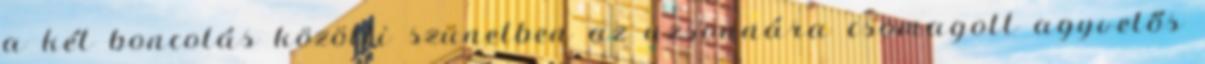
a két boncolás közötti szünetben az uzsonnára csomagolt agyvelős